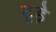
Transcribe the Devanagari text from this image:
टूड़े